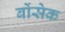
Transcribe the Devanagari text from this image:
बोंसेक